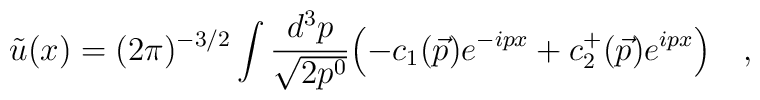
\tilde u(x)=(2 \pi)^{-3/2} \int  \frac{d^3 p}{\sqrt{2 p^0}}\Bigl(-c_1(\vec p)e^{-ipx}+c_2^+(\vec p)e^{ipx}\Bigl) \quad ,